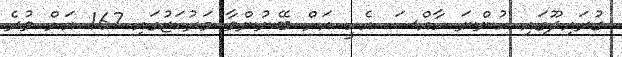
ގުރައިދޫގައި ހުންނަ ހާއްސަ އެހީ އަށް ބޭނުންވާ މަރުކަޒުގައި 167 އަށް ވުރެ